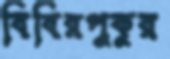
বিবিরপুকুর